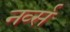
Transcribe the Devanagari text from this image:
नर्व्स